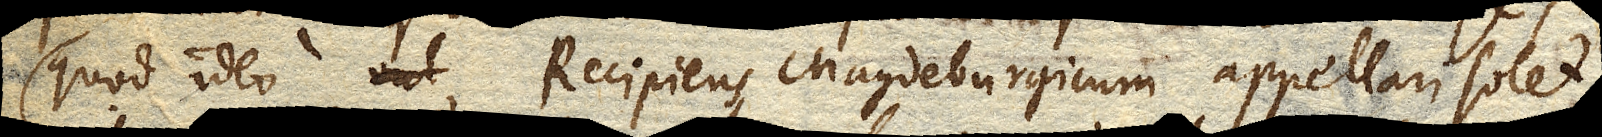
(quod ideo Recipiens Magdeburgicum appellari solet)